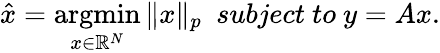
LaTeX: \hat{x}=\operatorname*{argmin}_{x\in\mathbb{R}^{N}}\| x\| _{p}\ \ subject\ to\ y=Ax.